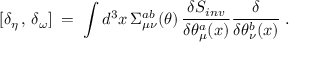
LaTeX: [ \delta _ { \eta } \, , \, \delta _ { \omega } ] \; = \; \int d ^ { 3 } x \, \Sigma _ { \mu \nu } ^ { a b } ( \theta ) \, \frac { \delta S _ { i n v } } { \delta \theta _ { \mu } ^ { a } ( x ) } \frac { \delta } { \delta \theta _ { \nu } ^ { b } ( x ) } \; .